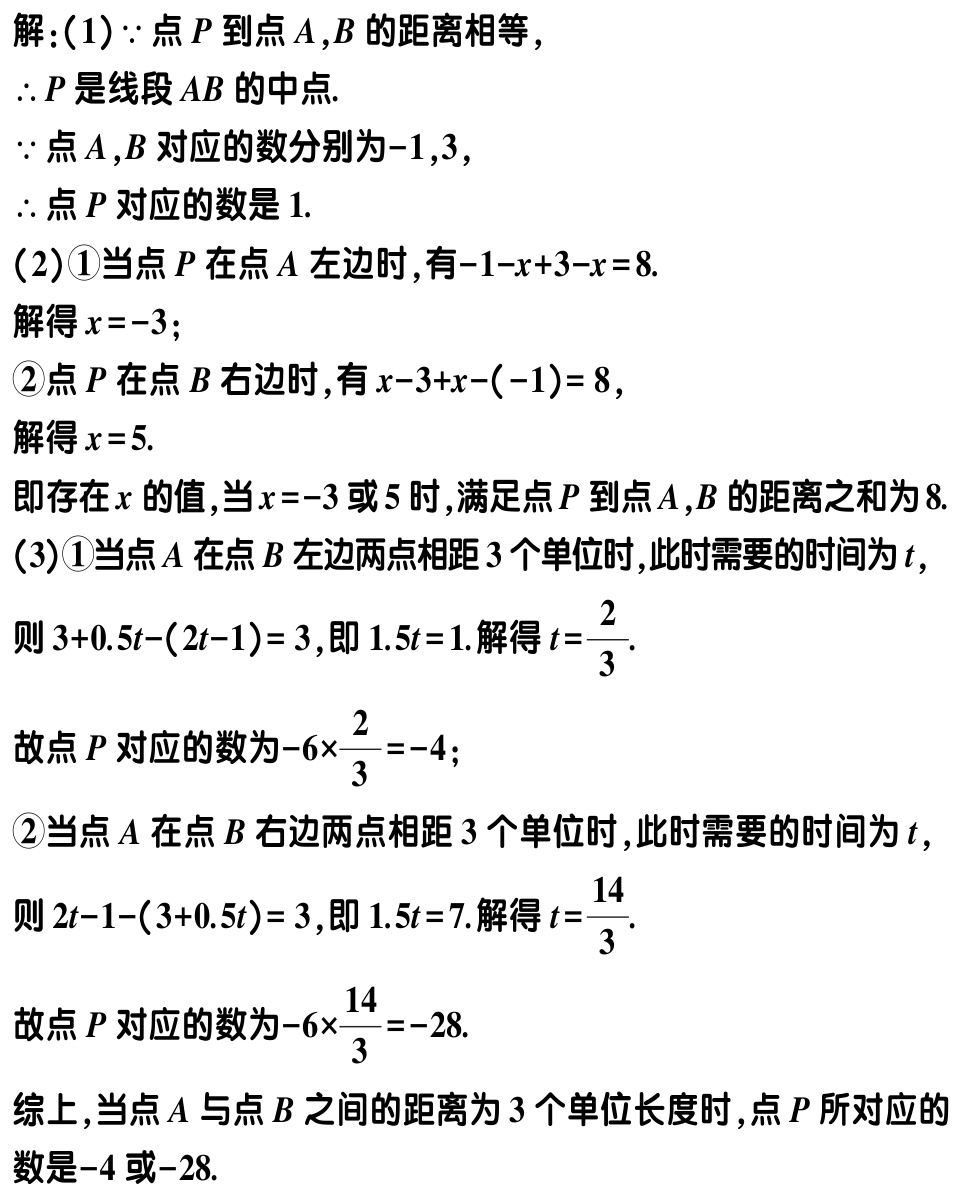
解：(1)$\because$点\(P\)到点\(A,B\)的距离相等，

\(\therefore P\)是线段\(AB\)的中点.

\(\because\)点\(A,B\)对应的数分别为\(-1,3\)，

\(\therefore\)点\(P\)对应的数是\(1\).

(2)\textcircled{1}当点\(P\)在点\(A\)左边时，有\(-1 - x + 3 - x = 8\).

解得\(x = - 3\)；

\textcircled{2}点\(P\)在点\(B\)右边时，有\(x - 3 + x - (-1)=8\)，

解得\(x = 5\).

即存在\(x\)的值，当\(x = - 3\)或\(5\)时，满足点\(P\)到点\(A,B\)的距离之和为\(8\).

(3)\textcircled{1}当点\(A\)在点\(B\)左边两点相距\(3\)个单位时，此时需要的时间为\(t\)，

则\(3 + 0.5t-(2t - 1)=3\)，即\(1.5t = 1\). 解得\(t=\frac{2}{3}\).

故点\(P\)对应的数为\(-6\times\frac{2}{3}=-4\)；

\textcircled{2}当点\(A\)在点\(B\)右边两点相距\(3\)个单位时，此时需要的时间为\(t\)，

则\(2t - 1-(3 + 0.5t)=3\)，即\(1.5t = 7\). 解得\(t=\frac{14}{3}\).

故点\(P\)对应的数为\(-6\times\frac{14}{3}=-28\).

综上，当点\(A\)与点\(B\)之间的距离为\(3\)个单位长度时，点\(P\)所对应的数是\(-4\)或\(-28\).